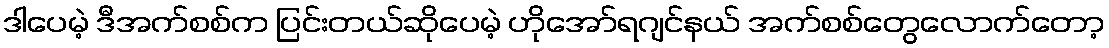
ဒါပေမဲ့ ဒီအက်စစ်က ပြင်းတယ်ဆိုပေမဲ့ ဟိုအော်ရဂျင်နယ် အက်စစ်တွေလောက်တော့